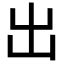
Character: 出